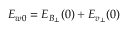
E _ { w 0 } = E _ { B _ { \bot } } ( 0 ) + E _ { v _ { \bot } } ( 0 )